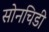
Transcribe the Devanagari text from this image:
सोनचिडी